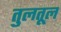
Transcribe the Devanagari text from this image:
तुलतूल